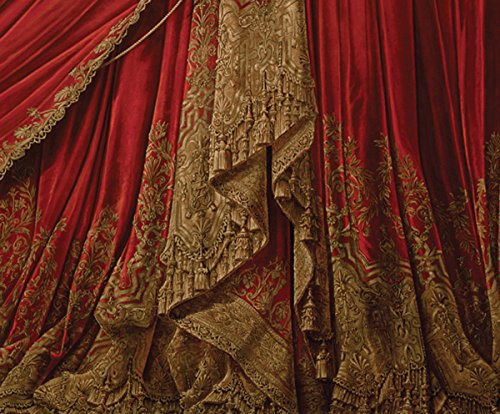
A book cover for David Leventi: Opera; Marvin Heiferman; Arts & Photography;